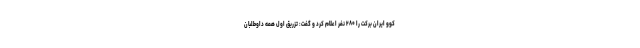
کوو ایران برکت را ۲۸۰ نفر اعلام کرد و گفت: تزریق اول همه داوطلبان